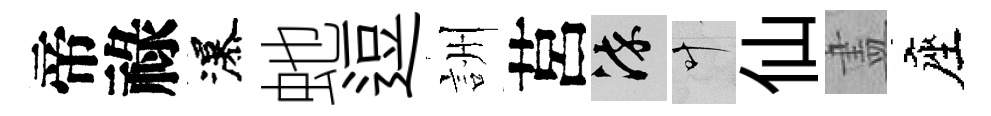
帝祿瀑虵逗詶莒染叶仙𥁞座